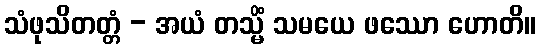
သံဖုသိတတ္တံ - အယံ တသ္မိံ သမယေ ဖဿော ဟောတိ။